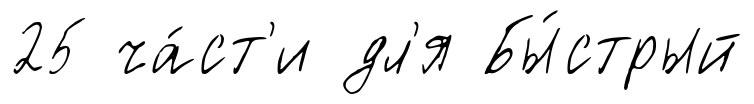
25 ча́ст'и дл'я Бы́стрый